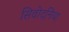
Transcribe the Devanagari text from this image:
सिवोदनिया